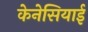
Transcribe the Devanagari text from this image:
केनेसियाई